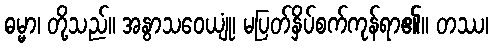
ဓမ္မာ၊ တို့သည်။ အနွာသဝေယျုံ၊ မပြတ်နှိပ်စက်ကုန်ရာ၏။ တဿ၊